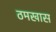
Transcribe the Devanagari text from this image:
ठमखास